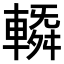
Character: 𨍼